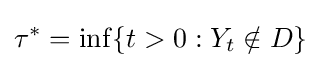
\tau ^{*}=\inf\{t>0:Y_{t}\notin D\}